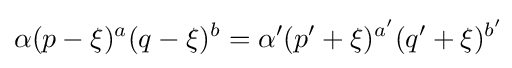
\alpha (p-\xi )^{a}(q-\xi )^{b}=\alpha '(p'+\xi )^{a'}(q'+\xi )^{b'}\!